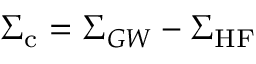
\Sigma _ { \mathrm { c } } = \Sigma _ { G W } - \Sigma _ { \mathrm { H F } }